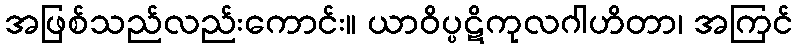
အဖြစ်သည်လည်းကောင်း။ ယာဝိပ္ပဋိကုလဂါဟိတာ၊ အကြင်